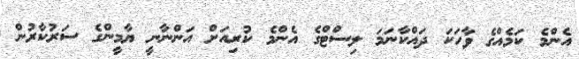
އެންމެ ކަމެއްގެ ވާހަކަ ދައްކާނަމަ ލިސްޓްގެ އެންމެ ކުރިއަށް އަންނާނީ ޔާމީންގެ ސަރުކާރުން